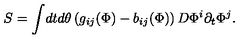
S = \int \! d t d \theta \left( g _ { i j } ( \Phi ) - b _ { i j } ( \Phi ) \right) D \Phi ^ { i } \partial _ { t } \Phi ^ { j } .